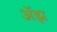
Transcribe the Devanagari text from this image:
अॅझ